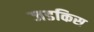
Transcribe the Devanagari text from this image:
जडकिस